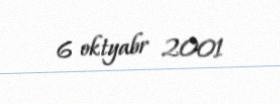
6 oktyabr 2001